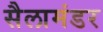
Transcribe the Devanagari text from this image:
सैलामंडर